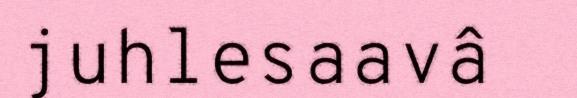
juhlesaavâ